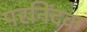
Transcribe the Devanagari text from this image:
परनिंदक